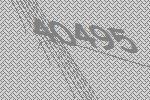
40495